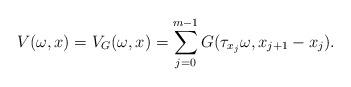
LaTeX: \begin{align*} V(\omega,x)= V_G(\omega,x)= \sum_{j=0}^{m-1} G(\tau _{x_j} \omega, x_{j+1}-x_j). \end{align*}